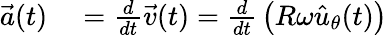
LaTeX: \begin{array}{rl}{{\vec{a}}(t)}&{{}={\frac{d}{dt}}{\vec{v}}(t)={\frac{d}{dt}}\left(R\omega{\hat{u}}_{\theta}(t)\right)}\end{array}